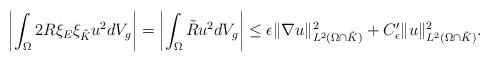
LaTeX: \begin{align*} \left\vert\int_\Omega 2R\xi_E\xi_{\tilde K}u^2dV_g\right\vert=\left\vert\int_\Omega \tilde R u^2dV_g\right\vert\leq \epsilon \|\nabla u\|^2_{L^2(\Omega\cap \tilde K)}+C'_{\epsilon}\|u\|^2_{L^2(\Omega\cap\tilde K)}.\end{align*}